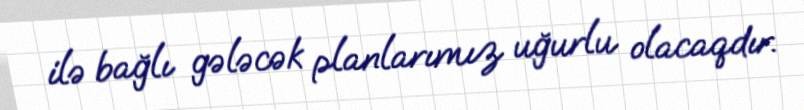
ilə bağlı gələcək planlarımız uğurlu olacaqdır.